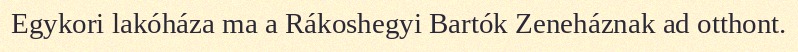
Egykori lakóháza ma a Rákoshegyi Bartók Zeneháznak ad otthont.